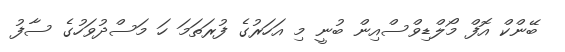
ބޭންކް އޮފް މޯލްޑިވްސްއިން ބުނީ މި އަހަރުގެ ފުރަތަމަ ހަ މަސްދުވަހުގެ ސާފު